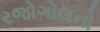
રજોગોલનો